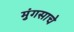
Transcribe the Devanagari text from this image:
मुंगसाचे